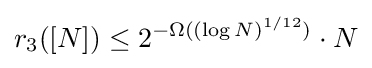
r_{3}([N])\leq 2^{-\Omega ((\log N)^{1/12})}\cdot N